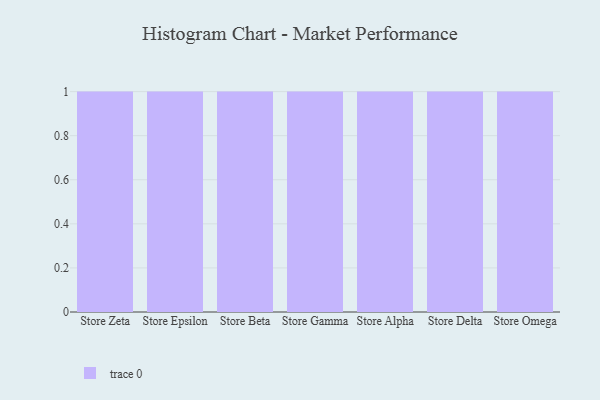
{"axis": {"x": "Store", "y": "Churn Rate (%)"}, "legend": [""], "data": [{"x": "Store Zeta", "y": 21, "type": ""}, {"x": "Store Epsilon", "y": 94, "type": ""}, {"x": "Store Beta", "y": 87, "type": ""}, {"x": "Store Gamma", "y": 54, "type": ""}, {"x": "Store Alpha", "y": 91, "type": ""}, {"x": "Store Delta", "y": 58, "type": ""}, {"x": "Store Omega", "y": 35, "type": ""}]}